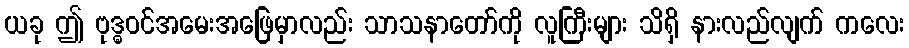
ယခု ဤ ဗုဒ္ဓဝင်အမေးအဖြေမှာလည်း သာသနာတော်ကို လူကြီးများ သိရှိ နားလည်လျက် ကလေး